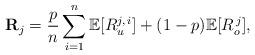
LaTeX: \begin{align*}\mathbf R_j = \frac{p}{n}\sum_{i=1}^{n}\mathbb E[R_{u}^{j,\,i}]+(1-p)\mathbb E[R_o^{\,j}],\end{align*}